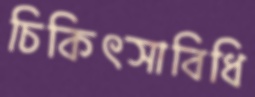
চিকিৎসাবিধি